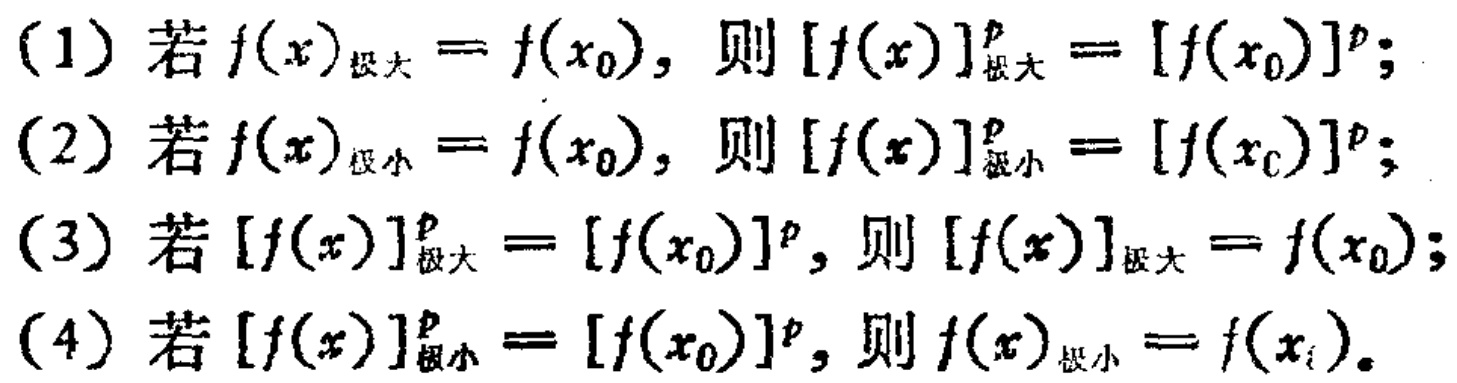
(1) 若 \(f(x)_{极大}=f(x_{0})\)，则 \([f(x)]_{极大}^{p}=[f(x_{0})]^{p}\)；
(2) 若 \(f(x)_{极小}=f(x_{0})\)，则 \([f(x)]_{极小}^{p}=[f(x_{0})]^{p}\)；
(3) 若 \([f(x)]_{极大}^{p}=[f(x_{0})]^{p}\)，则 \([f(x)]_{极大}=f(x_{0})\)；
(4) 若 \([f(x)]_{极小}^{p}=[f(x_{0})]^{p}\)，则 \(f(x)_{极小}=f(x_{i})\)。